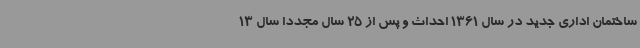
ساختمان اداری جدید در سال 1361 احداث و پس از 25 سال مجدداً سال 13